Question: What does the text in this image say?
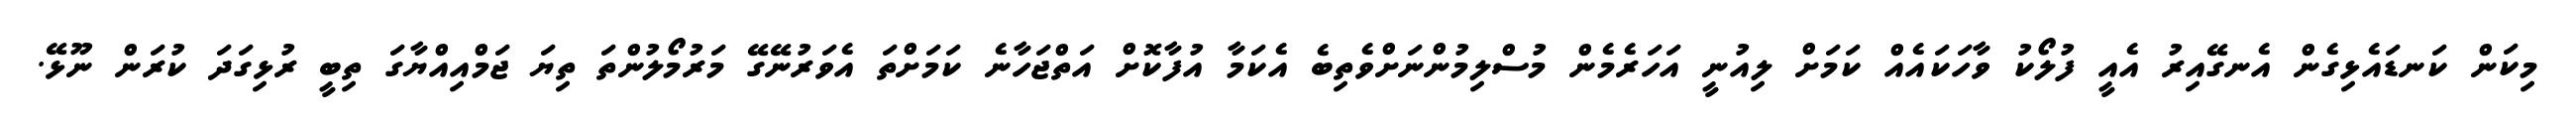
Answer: މިކަން ކަނޑައެޅިގެން އެނގޭއިރު އެއީ ފުލޯކު ވާހަކައެއް ކަމަށް ލިއުނީ އަހަރެމެން މުސްލިމުންނަށްވެތިބެ އެކަމާ އުފާކޮށް އަތްޖަހާނެ ކަމަށްތަ އެވަރުނޭގޭ މަރުމޯލުންތަ ތިޔަ ޖަމްއިއްޔާގަ ތިބީ ރުޅިގަދަ ކުރަން ނޫޅޭ.